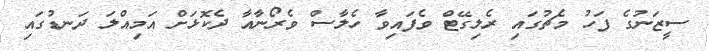
ސީޒަނުގެ ފަހު މެޗުގައި ރެލިގޭޓް ވެފައިވާ ހެލާސް ވެރޯނާއާ ދެކޮޅަށް އަމިއްލަ ދަނޑުގައި